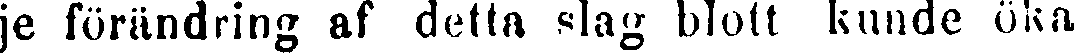
je förändring af detta slag blott kunde öka,